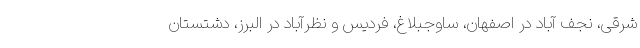
شرقی، نجف آباد در اصفهان، ساوجبلاغ، فردیس و نظرآباد در البرز، دشتستان